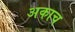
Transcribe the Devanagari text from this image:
अकाच